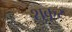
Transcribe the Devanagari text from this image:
शुकूर